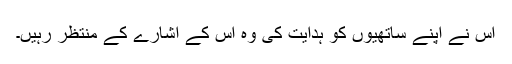
اس نے اپنے ساتھیوں کو ہدایت کی وہ اس کے اشارے کے منتظر رہیں۔